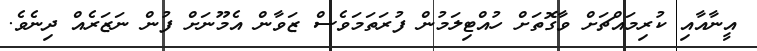
އީނާއާއި ކުރިމައްޗަށް ވާގޮތަށް ހުއްޓިލަމުން ފުރަތަމަވެސް ޒަވާން އެމޫނަށް ފުން ނަޒަރެއް ދިނެވެ.